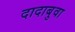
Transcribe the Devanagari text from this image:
दादाबुवा